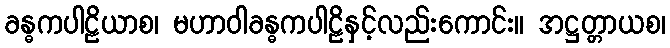
ခန္ဓကပါဠိယာစ၊ မဟာဝါခန္ဓကပါဠိနှင့်လည်းကောင်း။ အဋ္ဌတ္တာယစ၊